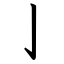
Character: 亅